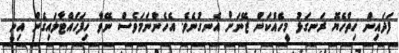
ފަދައިން ހިތްހެޔޮ ރަނގަޅު މީހެއްކަން ޒޭނަށް އެނގުނެވެ. އެހެންނަމަވެސް ނޭވާ ހިފަހައްޓާލައިގެން އިނީ